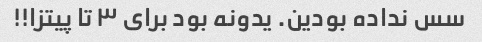
سس نداده بودین. یدونه بود برای ۳ تا پیتزا!!